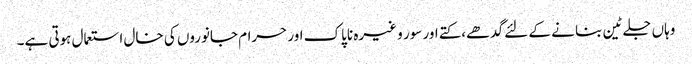
وہاں جلے ٹین بنا نے کے لئے گدھے،کتے اور سور و غیرہ ناپاک اور حرام جانوروں کی خال استعمال ہوتی ہے۔